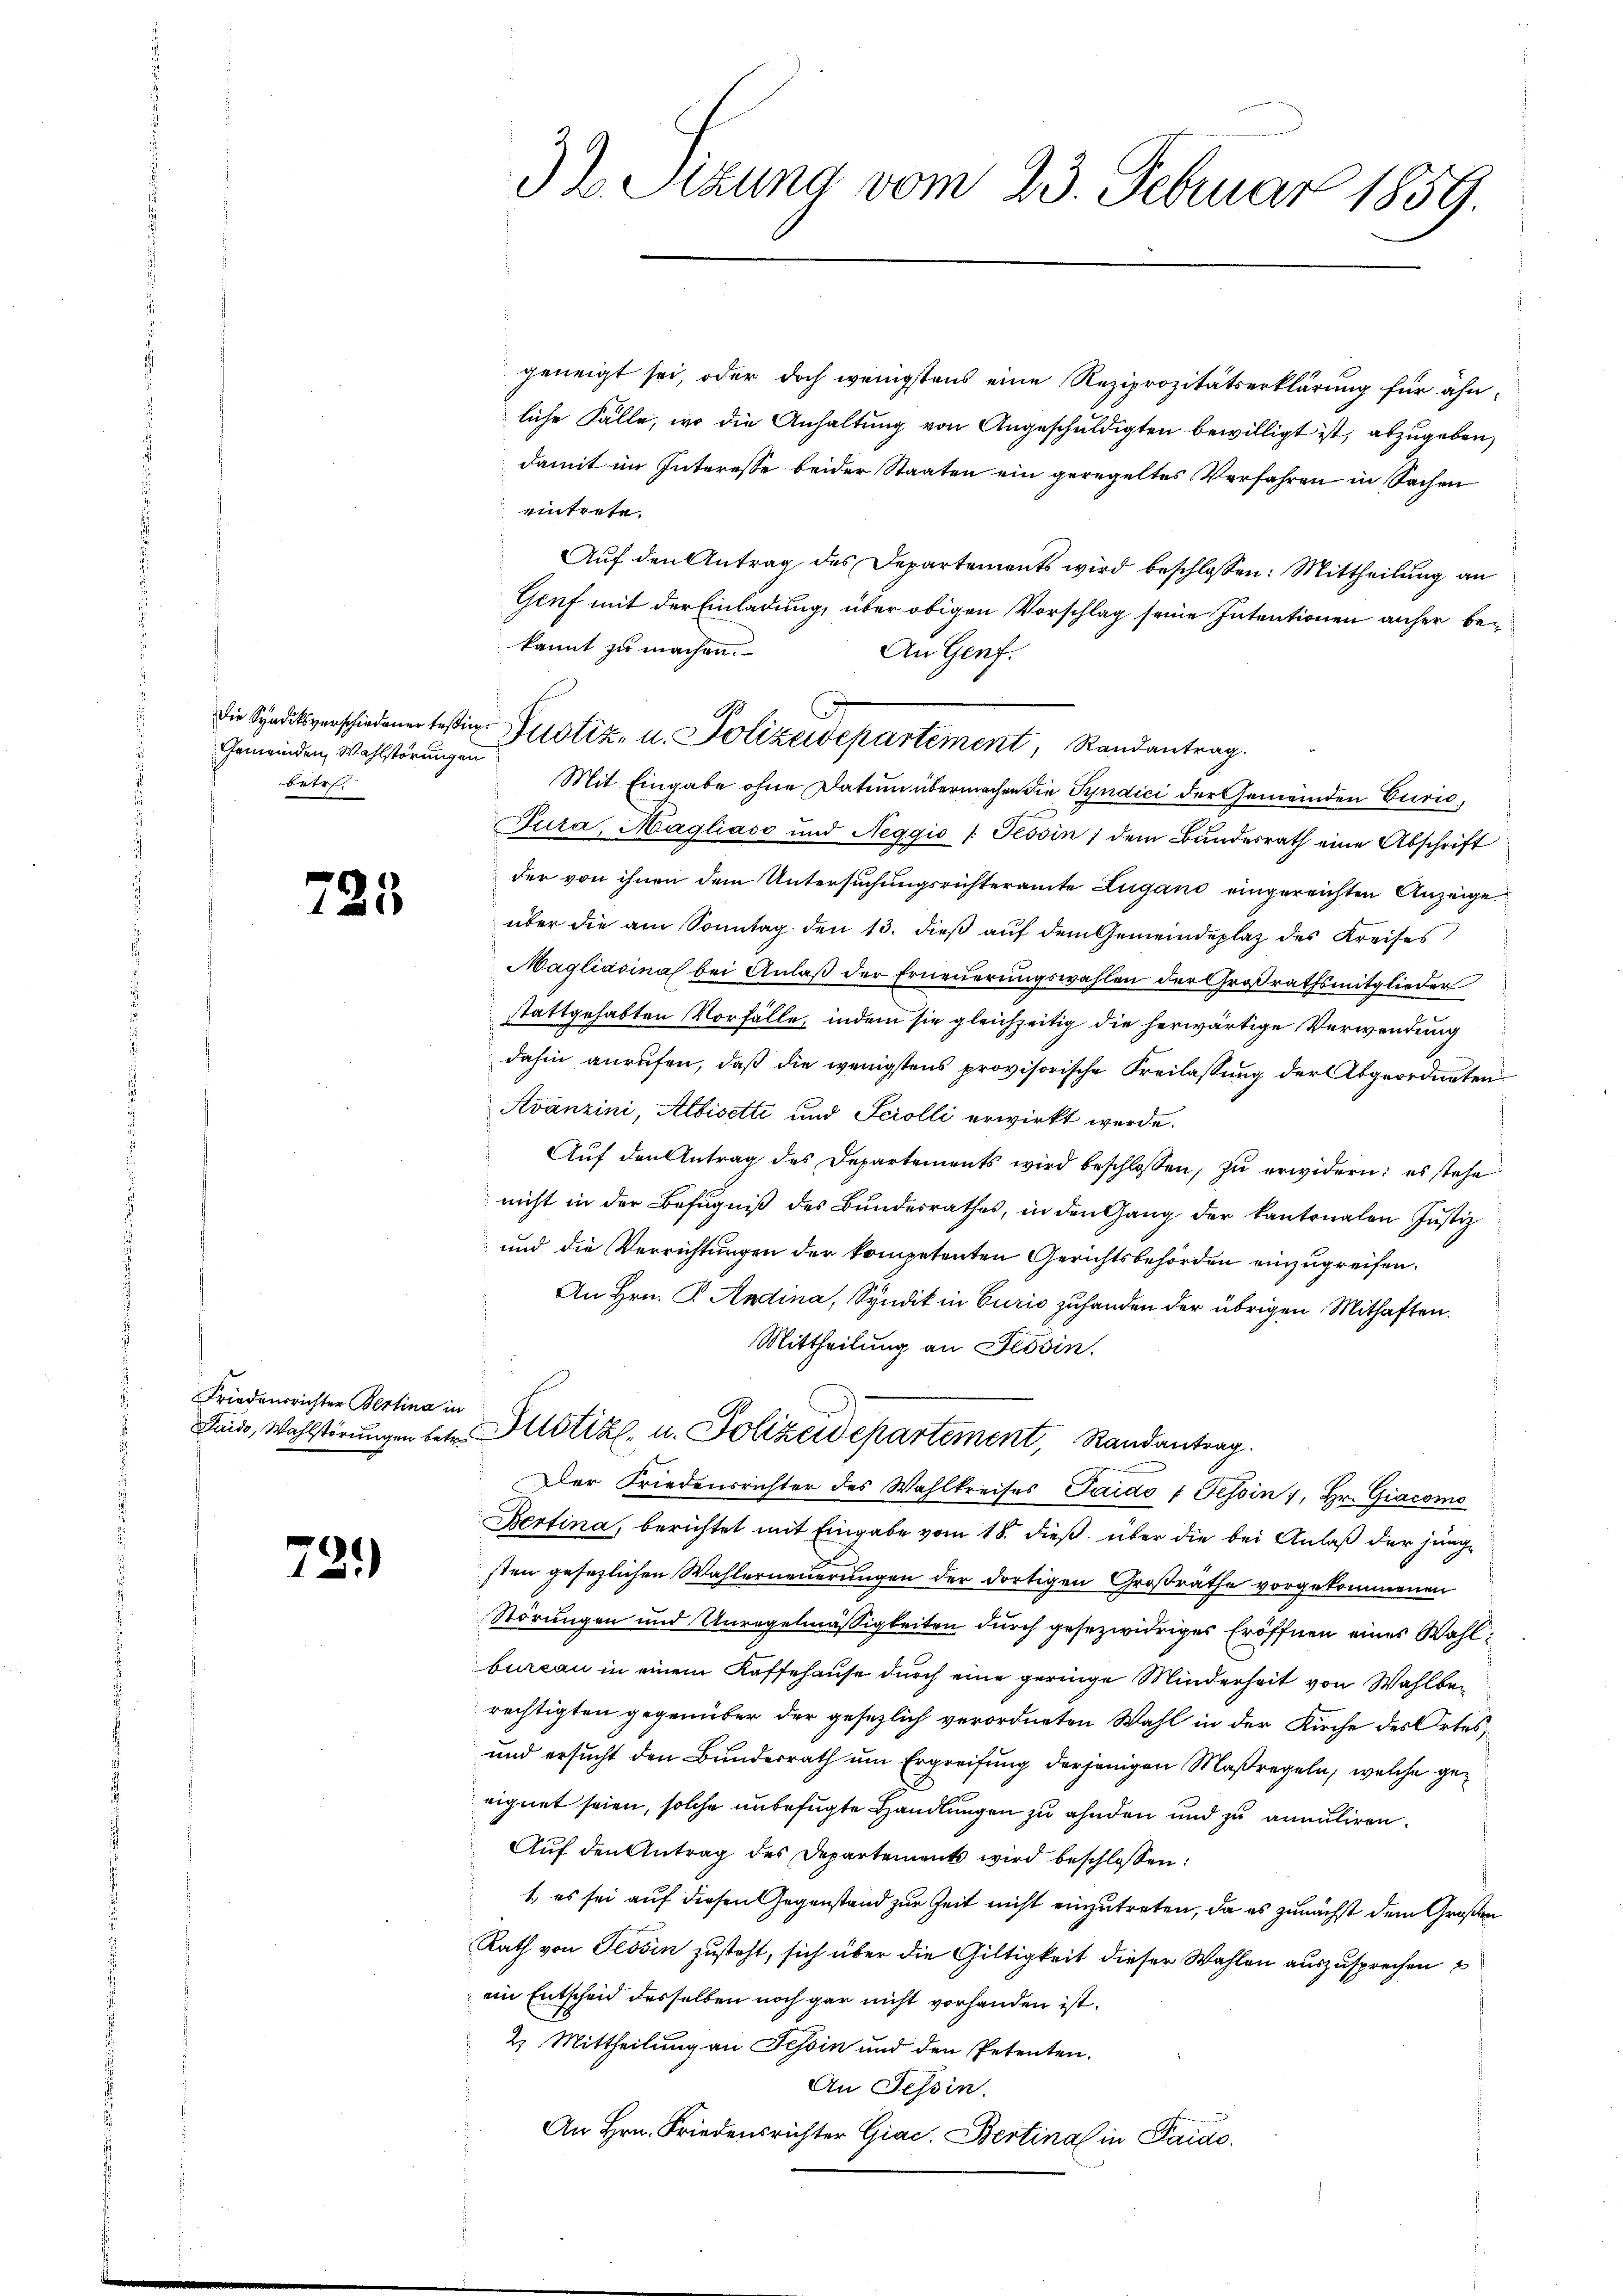
Gemeinden Wahlstörungen
betr.

725

Friedensrichter Bertina in

72.)

geneigt sei, oder doch wenigstens eine Reziprozitätserklärung für ähnliche Fälle, wo die Anhaltung von Angeschuldigten bewilligt ist, abzugeben,
damit im Interesse beider Staaten ein geregeltes Verfahren in Sachen
eintrete.
Auf den Antrag des Departements wird beschlossen: Mittheilung an
Genf mit der Einladung, über obigen Vorschlag seine Intentionen anher bekannt zu machen.
An Genf.
Mit Eingabe ohne Datum übermachen die Syndici der Gemeinden Erric
Tura, Magliaso und Neggio /: Tessin / dem Bundesrath eine Abschrift
der von ihnen dem Untersuchungsrichteramte Zugano eingereichten Anzeige
über die am Sonntag den 13. dieβ aŭf dem Gemeindeplaz des Kreises
Magliasina bei Anlaβ der Erneŭerŭngswahlen der Großrathsmitglieder
stattgehabten Vorfälle, indem sie gleichzeitig die herwärtige Verwendung
dahin anrufen, daß die wenigstens provisorische Freilassung der Abgeordneten
Avánzini, Albisetti und Serolli erwirkt werde.
Aŭf den Antrag des Departements wird beschlossen, zu erwidern: es stehe
nicht in der Befugniß des Bundesrathes, in den Gang der kantonalen Justiz
und die Verrichtungen der kompetenten Gerichtsbehörden einzugreifen.
An Hrn. P. Andina, Syndik in Curio zuhanden der übrigen Mithaften.
Mittheilung an Tessin.
Paids, Wahlstörungen betr. Altstiz- u. Polizeidepartement, Randantrag.
Der Friedensrichter des Wahlkreises Taido v Tessin, Hr. Giacomo
Bertina, berichtet mit Eingabe vom 18. dieß, über die bei Anlaß der junge
sten gesezlichen Wahlerneuerungen der dortigen Großrathe vorgekommenen
Störungen und Unregelmäßigkeiten durch gesezwidriges Eröffnen eines Wahlbureau in einem Kaffehause durch eine geringe Minderheit von Wahlberechtigten gegenüber der gesezlich verordneten Wahl in der Kirche des Ortes,
und ersucht den Bundesrath um Ergreifung derjenigen Maßregeln, welche geeignet seien, solche unbefugte Handlungen zu ahnden und zu annuliren.
Auf den Antrag des Departements wird beschlossen:
1., es sei auf diesen Gegenstand zur Zeit nicht einzutreten, da es zunächst dem Großen
Rath von Tessin zusteht, sich über die Giltigkeit dieser Wahlen auszusprechen
ein Entscheid desselben noch gar nicht vorhanden ist.
2. Mittheilung an Tessin und den Petenten.
An Tessin.
An Hrn. Friedensrichter Giac. Bestinal in Paido.

32. Stzung vom 23. Februar 1859.

Die Syndiksverschiedener sein ustiz- u. Polizeidepartement, Randantrag.